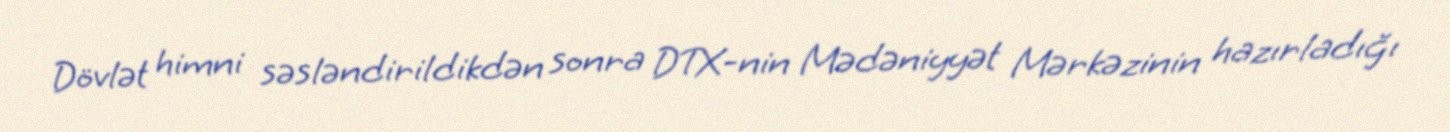
Dövlət himni səsləndirildikdən sonra DTX-nin Mədəniyyət Mərkəzinin hazırladığı